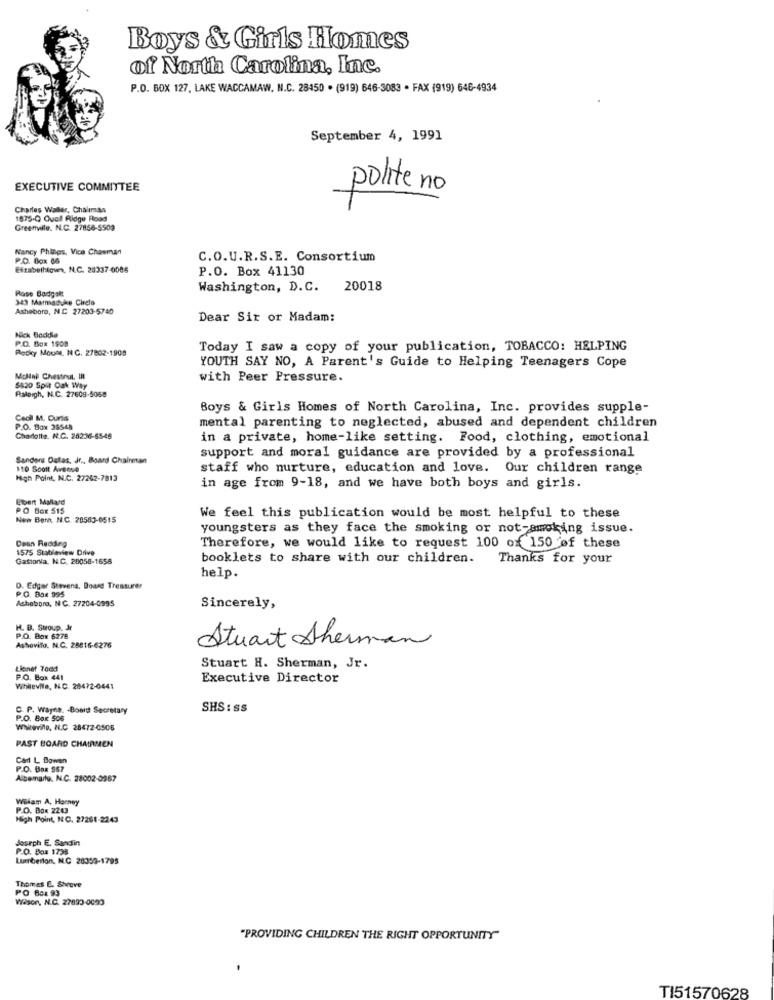
Boys & Girls Homes
of North Carolina, Inc.
P.O. BOX 127, LAKE WACCAMAW. N.C. 28450 . (919) 646-3083 - FAX (919) 646-4934
September 4, 1991
EXECUTIVE COMMITTEE
polite no
Charles Waller, Chalimas
1875-Q Quell Ridge Road
Greenville. NL.C. 27856-5509
Nancy Philips, Vice Chawman
P.O. Box 06
C.O.U.R.S.E. Consortium
Eftabellilques, N.C. 28337-0086
P.O. Box 41130
Rose Badgelt
Washington, D.C. 20018
343 Marmaduke Cirela
Asheboro, NC 27203-5740
Dear Sir or Madam:
Nick Bodde
P.O. Box 1900
Rocky Mount, N. G. 27802-1908
Today I saw a copy of your publication, TOBACCO: HELPING
YOUTH SAY NO, A Parent's Guide to Helping Teenagers Cope
MONlal Chestnut, In
with Peer Pressure.
$820 Spit Oak Way
Raleigh, N.C. 27609-5068
Boys & Girls Homes of North Carolina, Inc. provides supple-
Cecil M. Curtis
mental parenting to neglected, abused and dependent children
P.O. Box 36548
Chadolte. N.C. 262:36-6546
in a private, home-like setting. Food, clothing, emotional
Sanders Datas, Jr ., Board Chairman
support and moral guidance are provided by a professional
110 Scott Aveone
staff who nurture, education and love. Our children range
High Point, N.C. 27262-7813
in age from 9-18, and we have both boys and girls.
Ebert Mallard
PO Box 515
New Bern. N.C. 20583-0515
We feel this publication would be most helpful to these
youngsters as they face the smoking or not-smoking issue.
Denn Redding
1575 Stableview Drive
Therefore, we would like to request 100 of 150 of these
Gastonla. N.C. 20058-1658
booklets to share with our children. Thanks for your
help.
D. Edgar Stevena, Boase Treasurer
P.O. Box 995
Asheboro, NC. 27204-0995
Sincerely,
H. B. Stoup, Jr
P.O. Box 6278
Ashovifo. N.C. 25816-6276
Stuart Sherman
Lionet Todd
Stuart H. Sherman, Jr.
P.O. Box 441
Executive Director
Whilevite, N.C. 28472-0441
C. P. Wayne. - Bond Secretary
SHS : ss
P.O. Box 506
Whiteville, IL.C 28472-0506
PAST BOARD CHAIRMEN
Carl L Bowen
P.O. Box 567
Albemarle. N.C. 28002-0967
Willam A, Harney
P.O. Box 2243
High Point, N.C. 27261-2243
Joseph E. Sandin
P.O. Box 1738
Lumberton, N.C 28353-1795
Thomas E. Shoeve
PO Box 93
Wasor, N.C. 27823-0690
"PROVIDING CHILDREN THE RIGHT OPPORTUNITY"
TI51570628